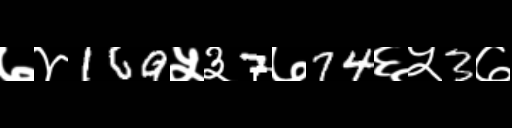
Text: ७४169५३7७74६५3७